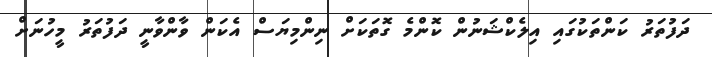
ދަފުތަރު ކަންތަކުގައި އިލެކްޝަނުން ކޮންމެ ގޮތަކަށް ނިންމިޔަސް އެކަން ވާންވާނީ ދަފުތަރު މީހުނަށް